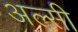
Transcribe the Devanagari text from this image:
अल्‍सी